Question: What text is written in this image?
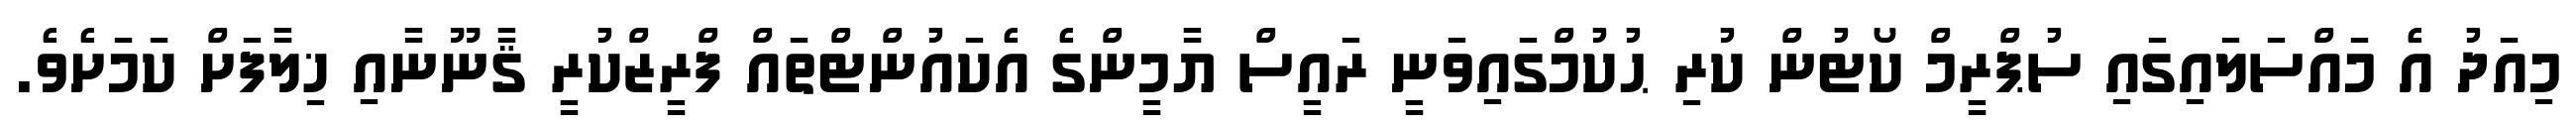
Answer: މިއަދު އެ މައްސަލައިގައި ސުޕްރީމް ކޯޓުން ކުރި ޙުކުމްގައިވަނީ ރައީސް ޔާމީންގެ އެކައުންޓްތައް ފްރީޒްކުރީ ޤާނޫނާއި ޚިލާފަށް ކަމަށެވެ.